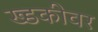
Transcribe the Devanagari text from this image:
ख्डकीवर